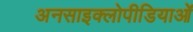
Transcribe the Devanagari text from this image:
अनसाइक्लोपीडियाओं